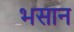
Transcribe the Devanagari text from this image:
भसान